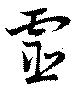
霊